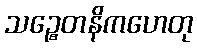
သဉ္စေတနိကဟေတု